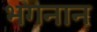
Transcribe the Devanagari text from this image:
भगनान